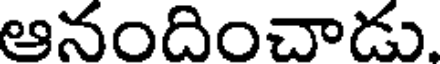
ఆనందించాడు.